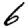
Digit: 6